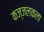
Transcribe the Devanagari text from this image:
कज्जलकला